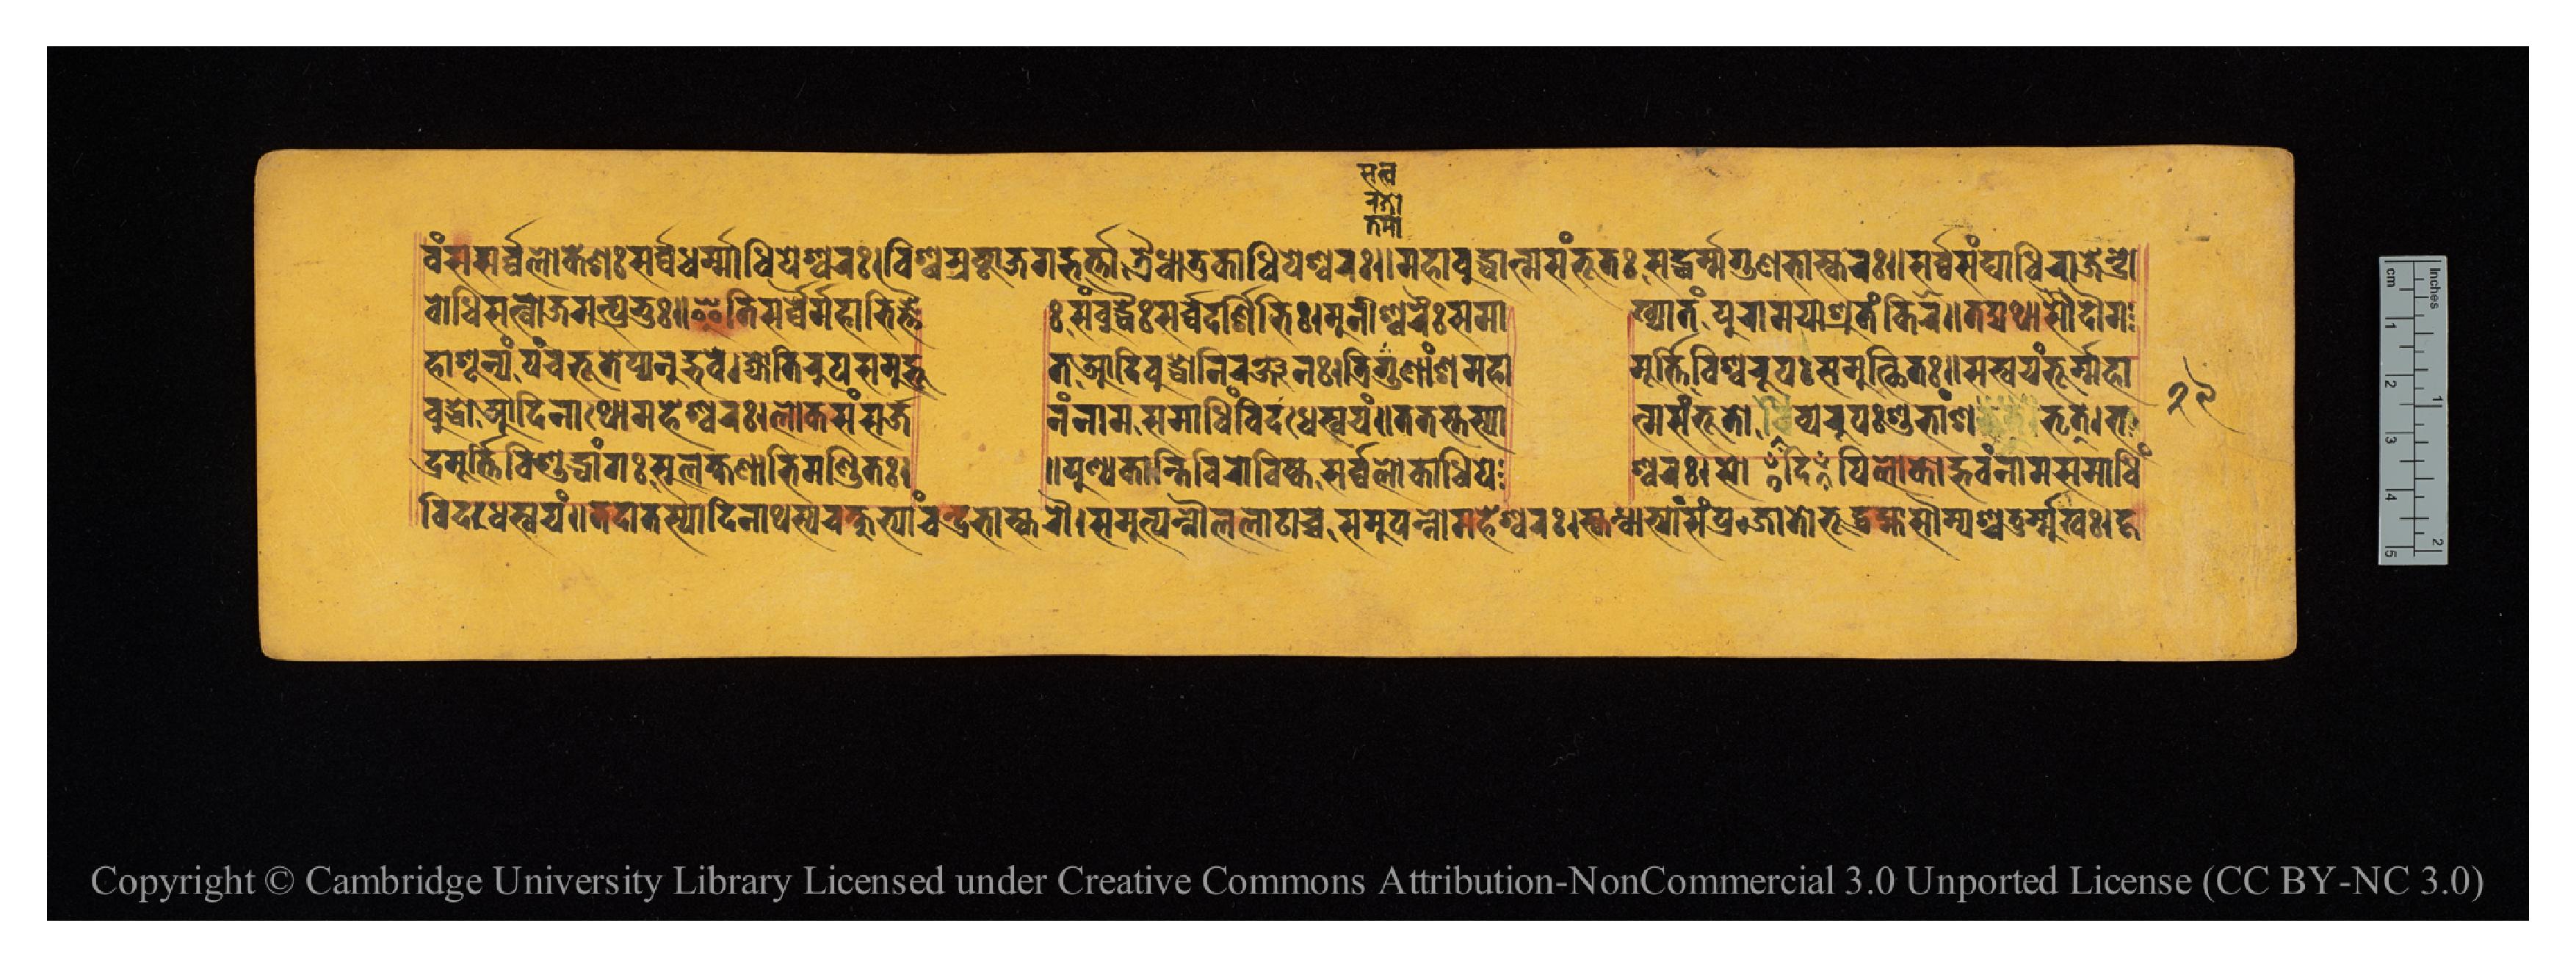
𑐰𑑄𑐳𑐳𑐬𑑂𑐰𑑂𑐰𑐮𑑀𑐎𑐾𑐱𑑅𑐳𑐬𑑂𑐰𑑂𑐰𑐢𑐬𑑂𑐩𑐵𑐢𑐶𑐥𑐾𑐱𑑂𑐰𑐬𑑅𑑋𑐰𑐶𑐱𑑂𑐰𑐬𑐳𑑂𑐟𑑂𑐬𑐲𑑂𑐚𑐵𑐖𑐐𑐡𑑂𑐨𑐬𑑂𑐟𑐵𑐟𑑂𑐬𑐿𑐢𑐵𑐟𑐸𑐎𑐵𑐢𑐶𑐥𑐾𑐱𑑂𑐰𑐬𑑅𑑌𑐩𑐴𑐵𑐧𑐸𑐡𑑂𑐢𑐵𑐟𑑂𑐩𑐳𑑄𑐨𑐹𑐟𑑅𑐳𑐡𑑂𑐢𑐬𑑂𑐩𑑂𑐩𑐐𑐸𑐞𑐨𑐵𑐳𑑂𑐎𑐬𑑅𑑌𑐳𑐬𑑂𑐰𑑂𑐰𑐳𑑄𑐑𑐵𑐢𑐶𑐬𑐵𑐖𑐾𑐣𑑂𑐡𑑂𑐬𑑀 𑐧𑑀𑐢𑐶𑐳𑐟𑑂𑐰𑑀𑐖𑐐𑐟𑑂𑐥𑑂𑐬𑐨𑐸𑑅𑑌𑐂𑐟𑐶𑐳𑐬𑑂𑐰𑑂𑐰𑐿𑐬𑑂𑐩𑐴𑐵𑐨𑐶𑐖𑑂𑐘𑐿  𑑅𑐳𑑄𑐧𑐸𑐡𑑂𑐢𑐿𑑅𑐳𑐬𑑂𑐰𑑂𑐰𑐡𑐬𑑂𑐱𑐶𑐨𑐶𑑅𑑋𑐩𑐸𑐣𑐷𑐱𑑂𑐰𑐬𑐿𑑅𑐳𑐩𑐵  𑐏𑑂𑐫𑐵𑐟𑑄𑐥𑐸𑐬𑐵𑐩𑐫𑐵𑐱𑑂𑐬𑐸𑐟𑑄𑐎𑐶𑐬𑑌𑐟𑐡𑑂𑐫𑐠𑐵𑐡𑑁𑐩 𑐴𑐵𑐱𑐹𑐣𑑂𑐫𑑄𑐥𑐘𑑂𑐔𑐨𑐹𑐟𑐾𑐥𑑂𑐫𑐣𑐸𑐡𑑂𑐨𑐰𑐾𑑋𑐖𑑂𑐫𑑀𑐟𑐶𑐬𑐸𑐳𑐩𑐸𑐡𑑂𑐨𑐹  𑐟𑐁𑐡𑐶𑐧𑐸𑐡𑑂𑐢𑑀𑐣𑐶𑐬𑐘𑑂𑐖𑐣𑑅𑑋𑐟𑑂𑐬𑐶𑐐𑐸𑐞𑐵𑑄𑐱𑐩𑐴𑐵  𑐩𑐹𑐬𑑂𑐟𑑂𑐟𑐶𑐬𑑂𑐰𑐶𑐱𑑂𑐰𑐬𑐸𑐥𑑅𑐳𑐩𑐸𑐟𑑂𑐠𑐶𑐟𑑅𑑋𑐳𑐳𑑂𑐰𑐫𑑄𑐨𑐸𑐬𑑂𑐩𑑂𑐩𑐴𑐵 𑐧𑐸𑐡𑑂𑐢𑐁𑐡𑐶𑐣𑐵𑐠𑑀𑐩𑐴𑐾𑐱𑑂𑐰𑐬𑑅𑑋𑐮𑑀𑐎𑐳𑑄𑐳𑐬𑑂𑐖    𑐣𑑄𑐣𑐵𑐩𑐳𑐩𑐵𑐢𑐶𑑄𑐰𑐶𑐡𑐢𑐾𑐳𑑂𑐰𑐫𑑄𑑌𑐟𑐟𑐳𑑂𑐟𑐳𑑂𑐫𑐵  𑐟𑑂𑐩𑐳𑑄𑐨𑐹𑐟𑑀𑐡𑐶𑐰𑑂𑐫𑐵𑐬𑐸𑐥𑑅𑐱𑐸𑐨𑐵𑑄𑐱𑐨𑐺𑐟𑑂𑑋𑐨 𑐡𑑂𑐬𑐩𑐹𑐟𑑂𑐟𑐶𑐬𑑂𑐰𑐶𑐱𑐸𑐡𑑂𑐢𑐵𑑄𑐐𑑅𑐳𑐸𑐮𑐎𑑂𑐲𑐞𑐵𑐨𑐶𑐩𑐞𑑂𑐜𑐶𑐟𑑅𑑋  𑑌𑐥𑐸𑐞𑑂𑐫𑐎𑐵𑐣𑑂𑐟𑐶𑐰𑐶𑐬𑑀𑐔𑐶𑐲𑑂𑐎𑑅𑐳𑐬𑑂𑐰𑑂𑐰𑐮𑑀𑐎𑐵𑐢𑐶𑐥𑐾  𑐱𑑂𑐰𑐬𑑅𑑋𑐳𑑀𑐥𑐶𑐮𑑀𑐎𑑀𑐡𑑂𑐨𑐰𑑄𑐣𑐵𑐩𑐳𑐩𑐵𑐢𑐶𑑄 𑐰𑐶𑐡𑐢𑐾𑐳𑑂𑐰𑐫𑑄𑑌𑐟𑐡𑐵𑐟𑐳𑑂𑐫𑐵𑐡𑐶𑐣𑐵𑐠𑐳𑑂𑐫𑐔𑐎𑑂𑐲𑐸𑐨𑑂𑐫𑐵𑐘𑑂𑐔𑐣𑑂𑐡𑑂𑐬𑐨𑐵𑐳𑑂𑐎𑐬𑑁𑑋𑐳𑐩𑐸𑐟𑑂𑐥𑐣𑑂𑐣𑑁𑐮𑐮𑐵𑐚𑐵𑐔𑑂𑐔𑐳𑐩𑐸𑐟𑑂𑐥𑐣𑑂𑐣𑑀𑐩𑐴𑐾𑐱𑑂𑐰𑐬𑑅𑑋𑐳𑑂𑐎𑐣𑑂𑐢𑐵𑐨𑑂𑐫𑐵𑑄𑐳𑑄𑐥𑑂𑐬𑐖𑐵𑐟𑑀𑐨𑐹𑐡𑐧𑑂𑐬𑐴𑑂𑐩𑐵𑐳𑑁𑐩𑑂𑐫𑐱𑑂𑐔𑐟𑐸𑐬𑑂𑐩𑐸𑐏𑑅𑑋𑐴 𑑒𑑙